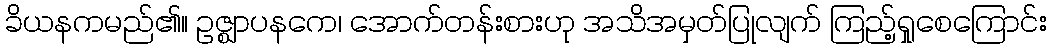
ခိယနကမည်၏။ ဥဇ္ဈာပနကေ၊ အောက်တန်းစားဟု အသိအမှတ်ပြုလျက် ကြည့်ရှုစေကြောင်း